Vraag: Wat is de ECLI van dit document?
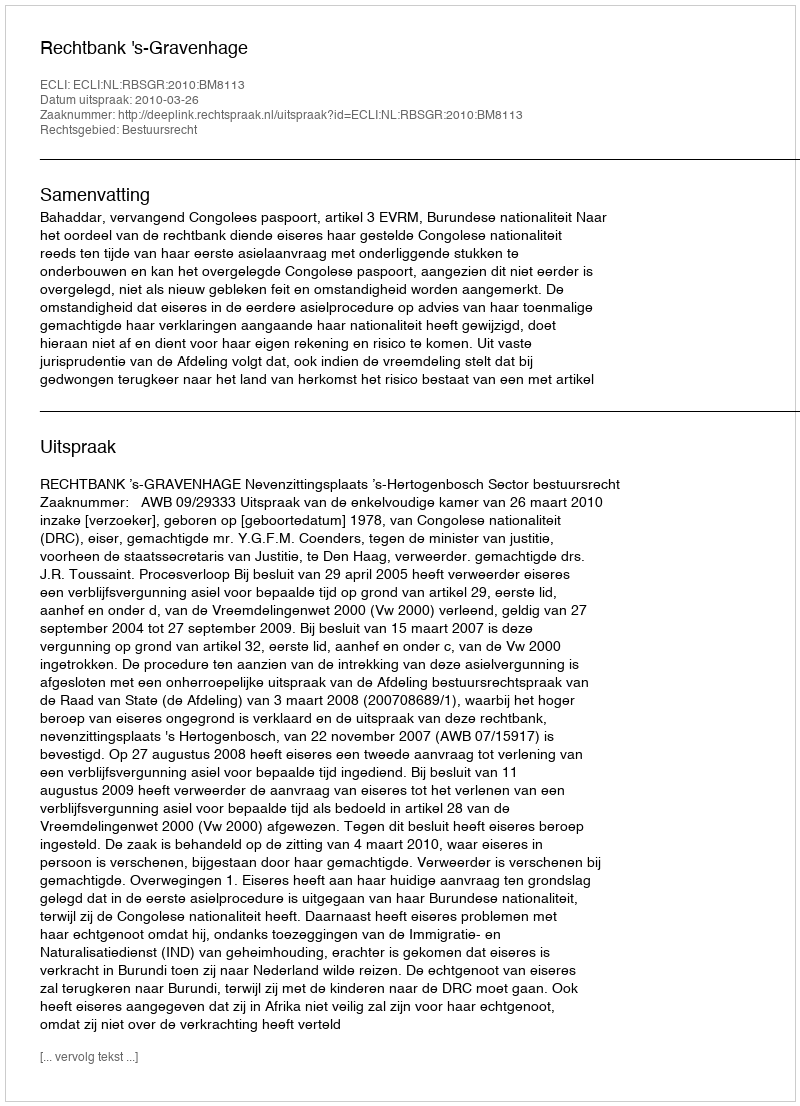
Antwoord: ECLI:NL:RBSGR:2010:BM8113